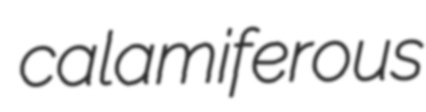
calamiferous